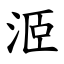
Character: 洍